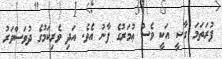
ފުރަތަމަ ގާޟީ އަކީ ވެސް ޢުމަރުގެ ފާނު އެވެ. އަދި ވެރިކަމުގެ ދުވަސްވަރު